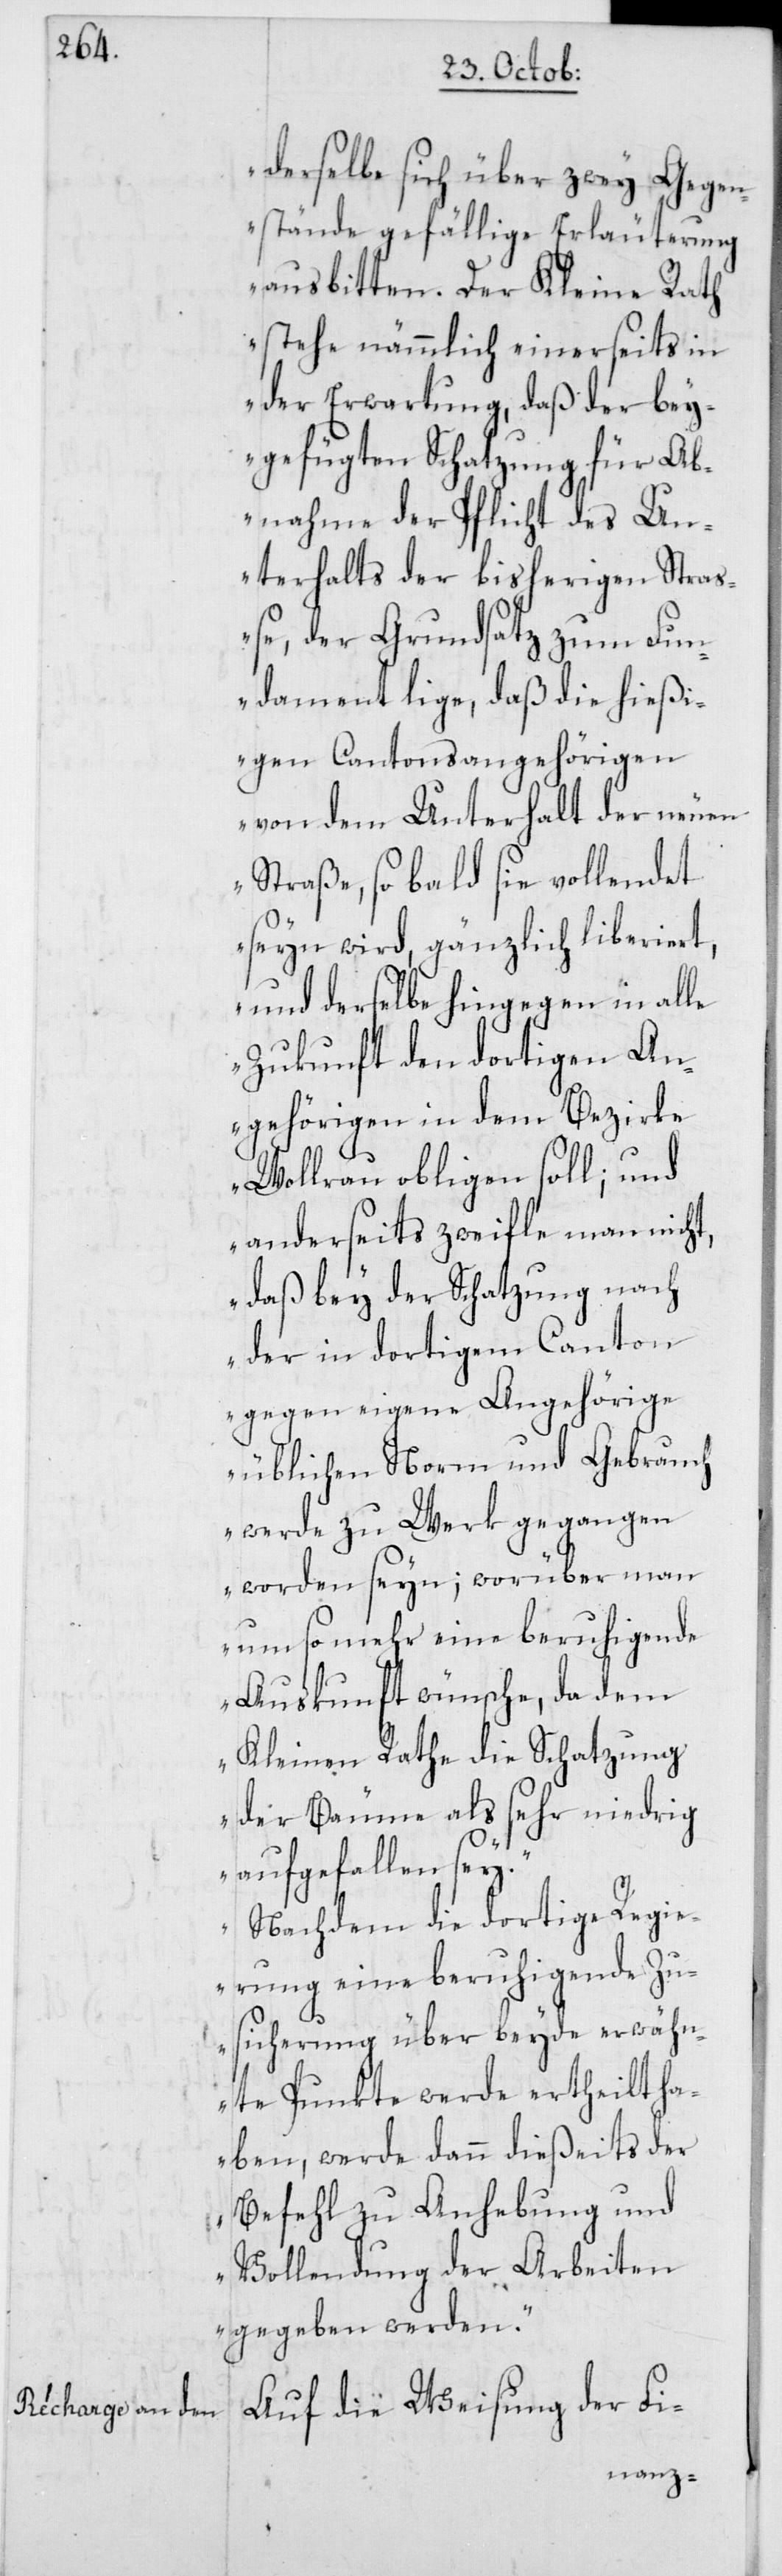
derselbe sich über zwey Gegen¬
stände gefällige Erläuterung
ausbitten. Der kleine Rath
stehe nämmlich einerseits in
der Erwartung, daß der bey¬
gefügten Schatzung für Ab¬
nahme der Pflicht des Un¬
terhalts der bisherigen Straß¬
e, der Grundsatz zum Fun¬
dament lige, daß die hießi¬
gen Cantonsangehörigen
von dem Unterhalt der neuen
Straße, so bald sie vollendet
seyn wird, gänzlich liberiert,
und derselbe hingegen in alle
Zukunft den dortigen An¬
gehörigen in dem Bezirke
Wollerau obligen soll; und
anderseits zweifle man nicht,
daß bey der Schatzung nach
der in dortigem Canton
gegen eigene Angehörige
üblichen Norm und Gebrauch
werde zu Werk gegangen
worden seyn; worüber man
um so mehr eine beruhigende
Auskunft wünsche, da dem
Kleinen Rathe die Schatzung
der Bäume als sehr niedrig
aufgefallen sey.
Nachdem die dortige Regie¬
rung eine beruhigende Zu¬
sicherung über beyde erwähn¬
te Punkte werde ertheilt ha¬
ben, werde dann dießeits der
Befehl zu Anhebung und
Vollendung der Arbeiten
gegeben werden“.
Auf die Weisung der Fi-